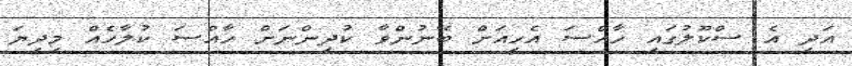
އަދި އެ ސްކޫލުގައި ހާއްސަ އެހީއަށް ބޭނުންވާ ކުދިންނަށް ހާއްސަ ކުލާހެއް މިދިޔަ